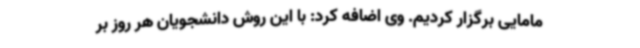
مامایی برگزار کردیم. وی اضافه کرد: با این روش دانشجویان هر روز بر